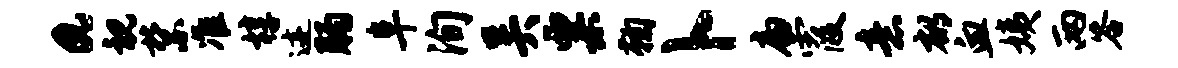
a视禁准椁迹肠阜洵吴粟鞠卜扁霞意郁血姨两答